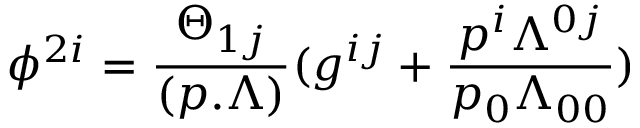
\phi ^ { 2 i } = { \frac { \Theta _ { 1 j } } { ( p . \Lambda ) } } ( g ^ { i j } + { \frac { p ^ { i } \Lambda ^ { 0 j } } { p _ { 0 } \Lambda _ { 0 0 } } } )